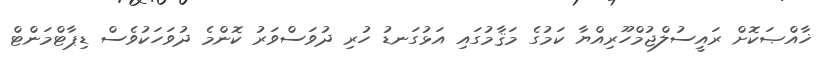
ޚާއްޞަކޮށް ރައީސުލްޖުމްހޫރިއްޔާ ކަމުގެ މަޤާމުގައި އަޅުގަނޑު ހުރި ދުވަސްވަރު ކޮންމެ ދުވަހަކުވެސް ޑިޕާޓްމަންޓް